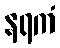
နရကံ